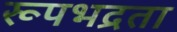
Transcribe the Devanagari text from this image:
रूपभद्रता